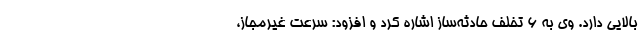
بالایی دارد. وی به ۶ تخلف حادثه‌ساز اشاره کرد و افزود: سرعت غیرمجاز،